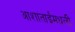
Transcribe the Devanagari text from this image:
आशाताईंमधली